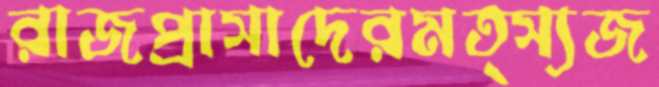
রাজপ্রাসাদেরমত্স্যজ